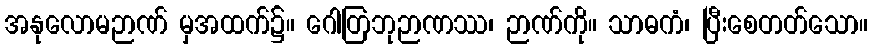
အနုလောမဉာဏ် မှအထက်၌။ ဂေါတြဘုဉာဏဿ၊ ဉာဏ်ကို။ သာဓကံ၊ ပြီးစေတတ်သော။